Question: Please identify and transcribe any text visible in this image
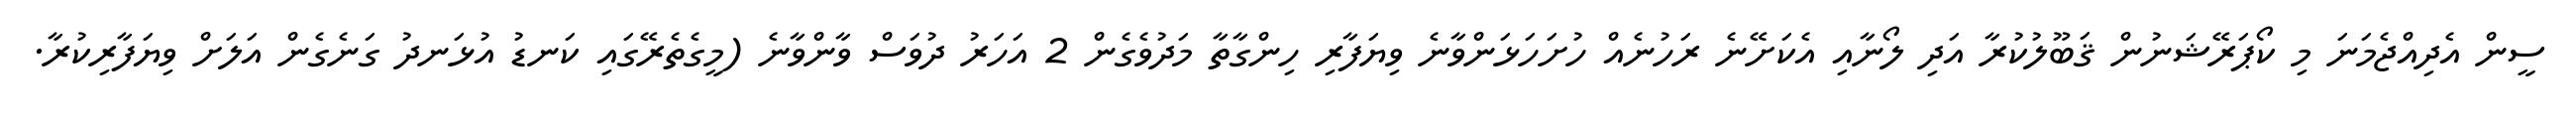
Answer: ސީން އެދިއްޖެމަނަ މި ކޯޕަރޭޝަނުން ޤަބޫލުކުރާ އަދި ލޯނާއި އެކަށޭނެ ރަހުނެއް ހުށަހަޅަންވާނެ ވިޔަފާރި ހިންގާތާ މަދުވެގެން 2 އަހަރު ދުވަސް ވާންވާނެ (މީގެތެރޭގައި ކަނޑު އުޅަނދު ގަނެގެން އަލަށް ވިޔަފާރިކުރާ.